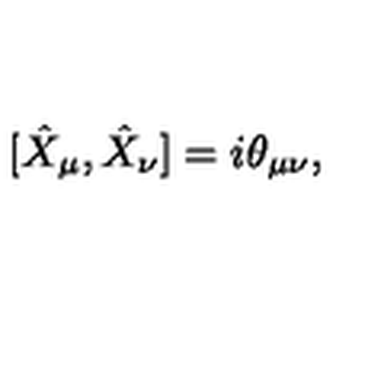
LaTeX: [ \hat { X } _ { \mu } , \hat { X } _ { \nu } ] = i \theta _ { \mu \nu } ,